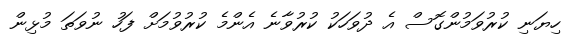
ހިޔަނި ކުރުވަމުންގޮސް އެ ދުވަހަކު ކުރުވާނެ އެންމެ ކުރުވުމަށް ފަހު ނުވަތަ މުޅިން